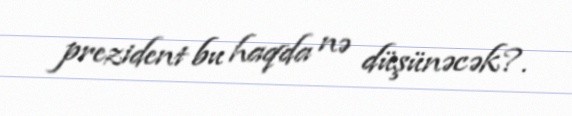
prezident bu haqda nə düşünəcək?.